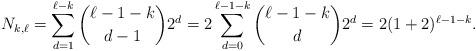
LaTeX: \begin{align*}N_{k,\ell} = \sum_{d = 1}^{\ell - k}\binom{\ell - 1 - k}{d-1}2^d = 2\sum_{d = 0}^{\ell -1 - k}\binom{\ell - 1 - k}{d}2^d = 2 (1 + 2)^{\ell - 1 - k}.\end{align*}